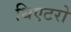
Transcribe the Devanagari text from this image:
थिएटरो